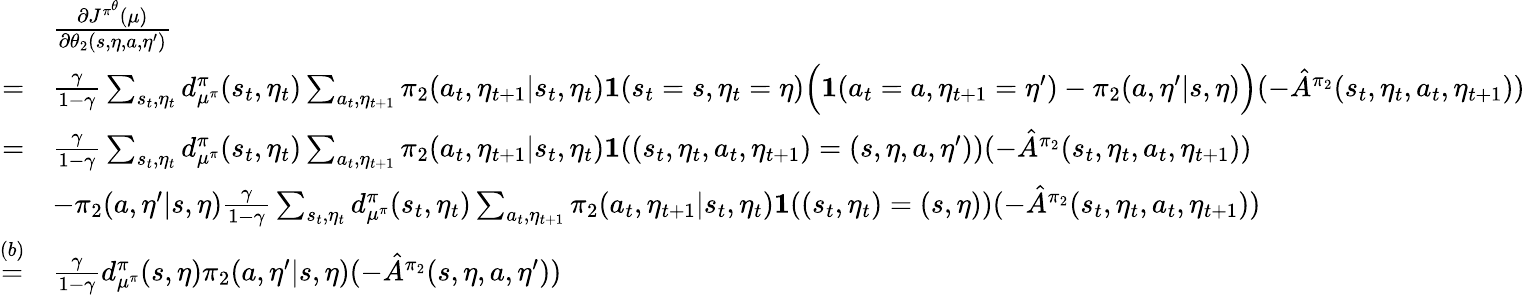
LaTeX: \begin{array}{rl}&{\frac{\partial J^{\pi^{\theta}}(\mu)}{\partial\theta_{2}(s,\eta,a,\eta^{\prime})}}\\ {=}&{\frac{\gamma}{1-\gamma}\sum_{s_{t},\eta_{t}}d_{\mu^{\pi}}^{\pi}(s_{t},\eta_{t})\sum_{a_{t},\eta_{t+1}}\pi_{2}(a_{t},\eta_{t+1}|s_{t},\eta_{t})\textbf{1}(s_{t}=s,\eta_{t}=\eta)\Big(\textbf{1}(a_{t}=a,\eta_{t+1}=\eta^{\prime})-\pi_{2}(a,\eta^{\prime}|s,\eta)\Big)(-\hat{A}^{\pi_{2}}(s_{t},\eta_{t},a_{t},\eta_{t+1}))}\\ {=}&{\frac{\gamma}{1-\gamma}\sum_{s_{t},\eta_{t}}d_{\mu^{\pi}}^{\pi}(s_{t},\eta_{t})\sum_{a_{t},\eta_{t+1}}\pi_{2}(a_{t},\eta_{t+1}|s_{t},\eta_{t})\textbf{1}((s_{t},\eta_{t},a_{t},\eta_{t+1})=(s,\eta,a,\eta^{\prime}))(-\hat{A}^{\pi_{2}}(s_{t},\eta_{t},a_{t},\eta_{t+1}))}\\ &{-\pi_{2}(a,\eta^{\prime}|s,\eta)\frac{\gamma}{1-\gamma}\sum_{s_{t},\eta_{t}}d_{\mu^{\pi}}^{\pi}(s_{t},\eta_{t})\sum_{a_{t},\eta_{t+1}}\pi_{2}(a_{t},\eta_{t+1}|s_{t},\eta_{t})\textbf{1}((s_{t},\eta_{t})=(s,\eta))(-\hat{A}^{\pi_{2}}(s_{t},\eta_{t},a_{t},\eta_{t+1}))}\\ {\overset{(b)}{=}}&{\frac{\gamma}{1-\gamma}d_{\mu^{\pi}}^{\pi}(s,\eta)\pi_{2}(a,\eta^{\prime}|s,\eta)(-\hat{A}^{\pi_{2}}(s,\eta,a,\eta^{\prime}))}\end{array}